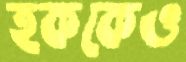
হককেও